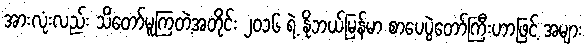
အားလုံးလည်း သိတော်မူကြတဲ့အတိုင်း ၂ဝ၁၆ ရဲ့ နိုဘယ်မြန်မာ စာပေပွဲတော်ကြီးဟာဖြင့် အများ